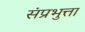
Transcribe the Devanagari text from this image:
संप्रभुत्ता